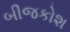
બીજકોશ